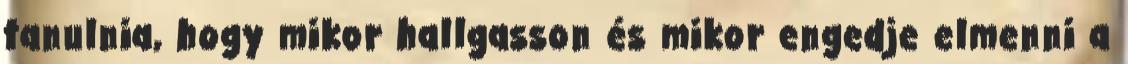
tanulnia, hogy mikor hallgasson és mikor engedje elmenni a